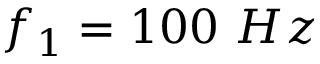
f _ { 1 } = 1 0 0 ~ H z